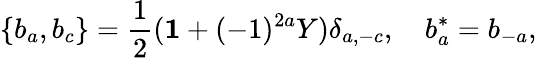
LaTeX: \{ b_{a},b_{c}\} =\frac{1}{2}({\mathbf 1}+(-1)^{2a}Y)\delta_{a,-c},\quad b_{a}^{*}=b_{-a},